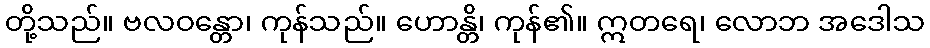
တို့သည်။ ဗလဝန္တော၊ ကုန်သည်။ ဟောန္တိ၊ ကုန်၏။ ဣတရေ၊ လောဘ အဒေါသ